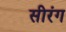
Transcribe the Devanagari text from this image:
सीरंग